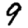
Digit: 9